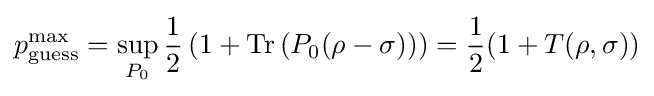
p_{\text{guess}}^{\text{max}}=\sup _{P_{0}}{\frac {1}{2}}\left(1+\mathrm {Tr} \left(P_{0}(\rho -\sigma )\right)\right)={\frac {1}{2}}(1+T(\rho ,\sigma ))